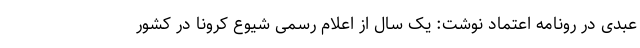
عبدی در رونامه اعتماد نوشت: یک سال از اعلام رسمی شیوع کرونا در کشور